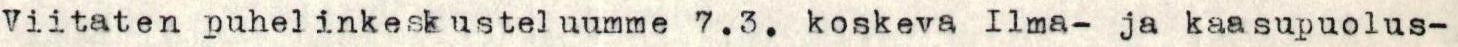
Viitaten puhelinkeskusteluumme 7.3. koskeva Ilma- ja kaasupuolus-